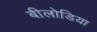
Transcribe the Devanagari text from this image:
बीलोडिया